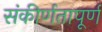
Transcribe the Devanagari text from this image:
संकीर्णतापूर्ण